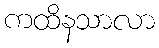
ကထိနသာလာ